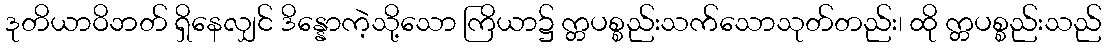
ဒုတိယာဝိဘတ် ရှိနေလျှင် ဒိန္နောကဲ့သို့သော ကြိယာ၌ က္တပစ္စည်းသက်သောသုတ်တည်း၊ ထို က္တပစ္စည်းသည်